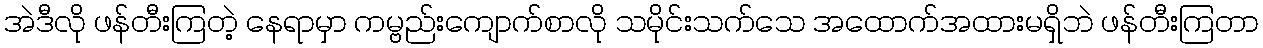
အဲဒီလို ဖန်တီးကြတဲ့ နေရာမှာ ကမ္ဗည်းကျောက်စာလို သမိုင်းသက်သေ အထောက်အထားမရှိဘဲ ဖန်တီးကြတာ